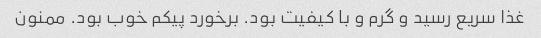
غذا سریع رسید و گرم و با کیفیت بود. برخورد پیکم خوب بود. ممنون